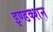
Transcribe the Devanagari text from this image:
इण्डक्शन